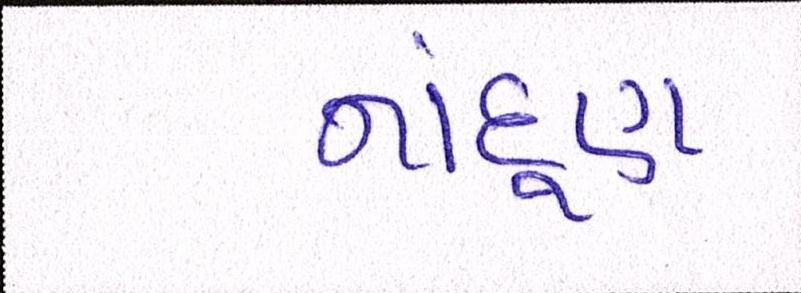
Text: નાંદૂણ